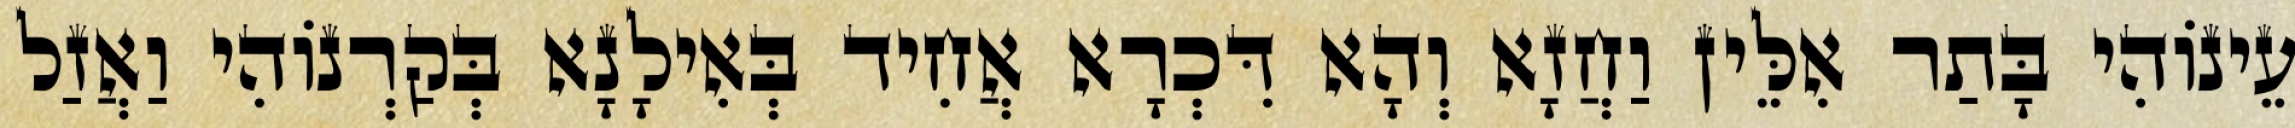
עֵינוֹהִי בָּתַר אִלֵּין וַחֲזָא וְהָא דִּכְרָא אֲחִיד בְּאִילָנָא בְּקַרְנוֹהִי וַאֲזַל